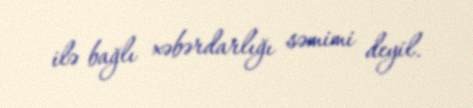
ilə bağlı xəbərdarlığı səmimi deyil.